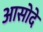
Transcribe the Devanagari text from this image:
आसोदे